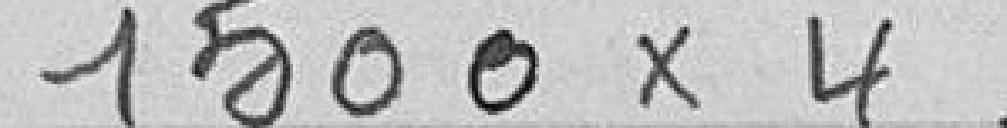
1500X4